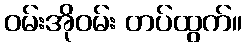
ဝမ်းအိုဝမ်း တပ်ထွက်။